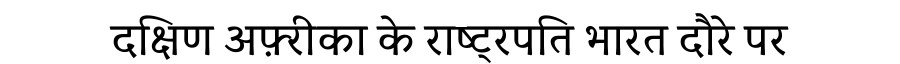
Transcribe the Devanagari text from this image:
दक्षिण अफ़्रीका के राष्ट्रपति भारत दौरे पर